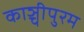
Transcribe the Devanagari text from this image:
काञ्चीपुरम